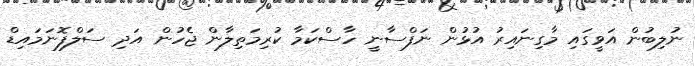
ނުލިބުން އަވީގައި މާގިނައިރު އުޅުން ނަފްސާނީ ހާސްކަމާ ކުރިމަތިލާން ޖެހުން އަދި ސަލްފޮނަމައިޑް